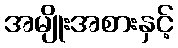
အမျိုးအစားနှင့်